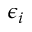
\epsilon _ { i }